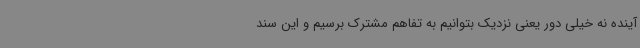
آینده نه خیلی دور یعنی نزدیک بتوانیم به تفاهم مشترک برسیم و این سند